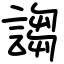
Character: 謅